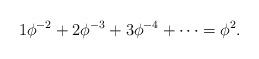
LaTeX: \begin{align*} 1\phi^{-2} + 2\phi^{-3}+3\phi^{-4}+\cdots = \phi^{2}\mbox{.}\end{align*}